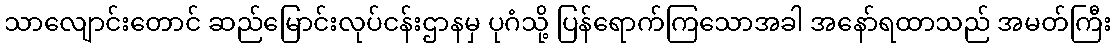
သာလျောင်းတောင် ဆည်မြောင်းလုပ်ငန်းဌာနမှ ပုဂံသို့ ပြန်ရောက်ကြသောအခါ အနော်ရထာသည် အမတ်ကြီး